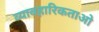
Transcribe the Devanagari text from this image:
व्यावहारिकताओ